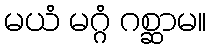
မယံ မဂ္ဂံ ဂစ္ဆာမ။